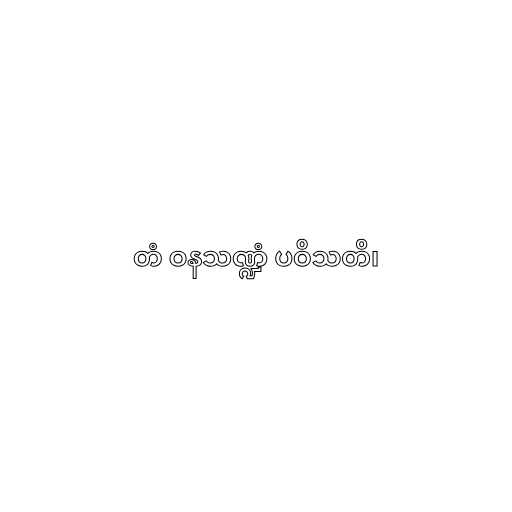
တံ ဝနသဏ္ဍံ ပဝိသတိ၊